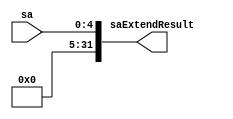
`timescale 1ns / 1ps
//////////////////////////////////////////////////////////////////////////////////
// Company: 
// Engineer: 
// 
// Design Name: 
// Module Name: saExtendUnit
// Project Name: 
// Target Devices: 
// Tool Versions: 
// Description: 
// 
// Dependencies: 
// 
// Revision:
// Revision 0.01 - File Created
// Additional Comments:
// 
//////////////////////////////////////////////////////////////////////////////////


module saExtendUnit(
input [4:0] sa,
output [31:0] saExtendResult
    );
assign saExtendResult[4:0]=sa;
assign saExtendResult[31:5]=27'b000000000000000000000000000;
endmodule